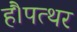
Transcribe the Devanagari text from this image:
हैं।पत्थर